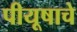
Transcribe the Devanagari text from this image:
पीयूषाचे